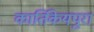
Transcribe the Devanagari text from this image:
कार्तिकेयपुरा